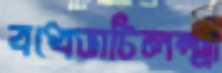
বধেভাটিলক্ষ্মী